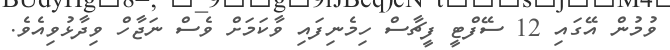
ވުމުން އޭގައި 12 ސޭފްޓީ ފީޗާސް ހިމެނިފައި ވާކަމަށް ވެސް ނަޖާހް ވިދާޅުވިއެވެ.